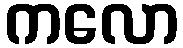
ကလော